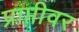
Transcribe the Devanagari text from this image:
प्राप्तीवर